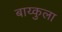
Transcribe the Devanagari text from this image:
बाय्कुला